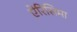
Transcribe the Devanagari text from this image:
ऐरिसिमा